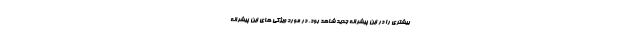
بیشتری را در این پیشرانه جدید شاهد بود. در مورد ویژگی های این پیشرانه